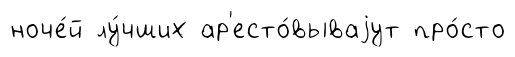
ноче́й лу́чших ар'есто́вываjут про́сто